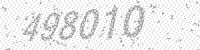
Solution: 498010